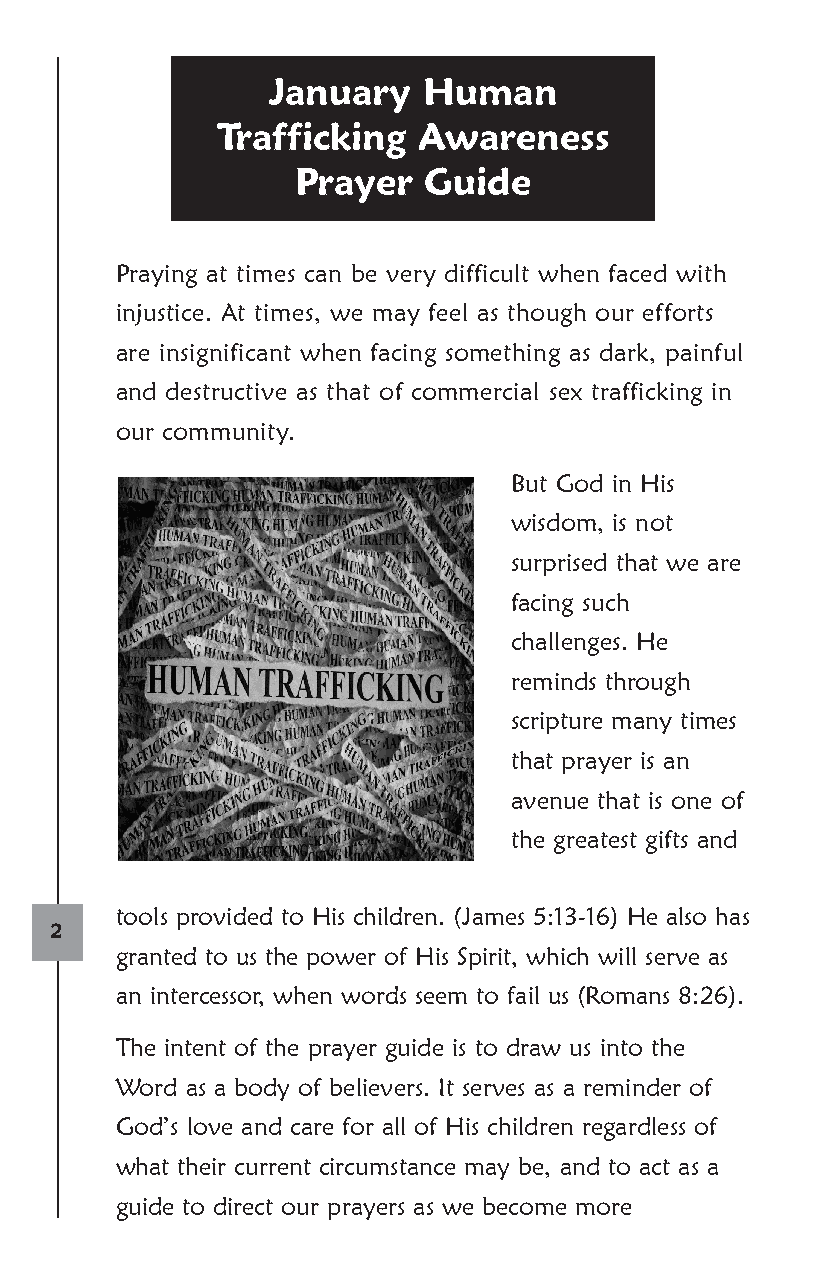
January   Human
 Trafficking   Awareness
 Prayer  Guide
 Praying at times can be very difficult when faced with
 injustice. At times, we may feel as though our efforts
 are insignificant when facing something as dark, painful
 and destructive as that of commercial sex trafficking in
 our community.
 But God in His
 wisdom, is not
 surprised that we are
 facing such
 challenges. He
 reminds through
 scripture many times
 that prayer is an
 avenue that is one of
 the greatest gifts and
 tools provided to His children. (James 5:13-16) He also has
 2
 granted to us the power of His Spirit, which will serve as
 an intercessor, when words seem to fail us (Romans 8:26).
 The intent of the prayer guide is to draw us into the
 Word as a body of believers. It serves as a reminder of
 God’s love and care for all of His children regardless of
 what their current circumstance may be, and to act as a
 guide to direct our prayers as we become more